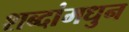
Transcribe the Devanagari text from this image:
शब्दांमधुन